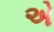
એ